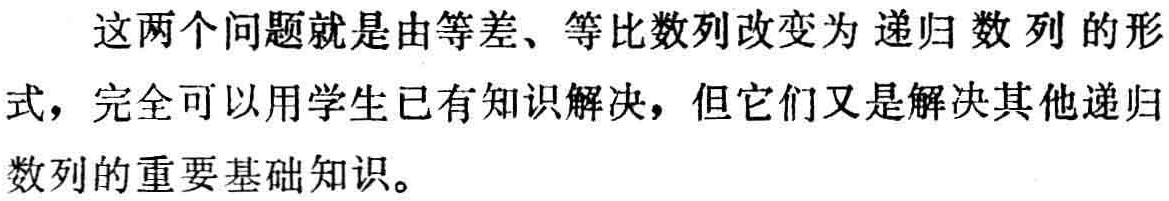
这两个问题就是由等差、等比数列改变为递归数列的形式，完全可以用学生已有知识解决，但它们又是解决其他递归数列的重要基础知识。